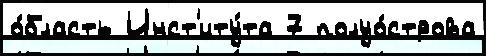
о́бласть Инст'иту́та 7 полуо́строва